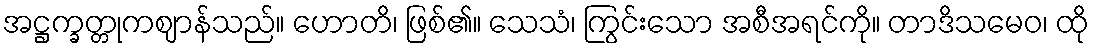
အဋ္ဌက္ခတ္တုကဈာန်သည်။ ဟောတိ၊ ဖြစ်၏။ သေသံ၊ ကြွင်းသော အစီအရင်ကို။ တာဒိသမေဝ၊ ထို